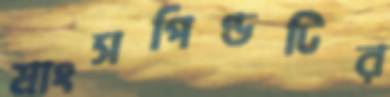
মাংসপিণ্ডটির